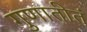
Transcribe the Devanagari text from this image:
गुणातीतं